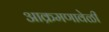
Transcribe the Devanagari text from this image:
आक्रमणावेळी